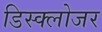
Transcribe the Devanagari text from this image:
डिस्क्लोजर